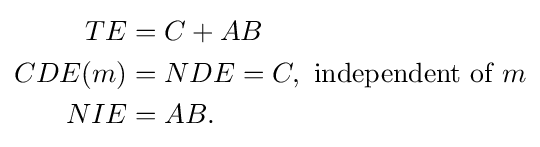
{\begin{aligned}TE&=C+AB\\CDE(m)&=NDE=C,{\text{ independent of }}m\\NIE&=AB.\end{aligned}}